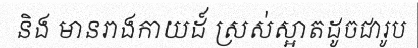
និង មានរាងកាយដ៍ ស្រស់ស្អាតដូចជារូប